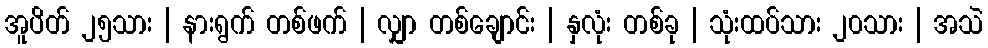
အူပိတ် ၂၅သား | နားရွက် တစ်ဖက် | လျှာ တစ်ချောင်း | နှလုံး တစ်ခု | သုံးထပ်သား ၂၀သား | အသဲ